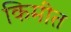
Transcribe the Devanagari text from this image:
किमीत